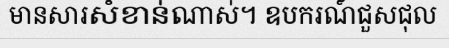
មានសារសំខាន់ណាស់។ ឧបករណ៍ជួសជុល